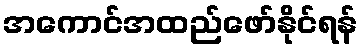
အကောင်အထည်ဖော်နိုင်ရန်